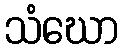
သံဃော